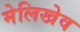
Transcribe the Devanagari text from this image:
मेलिखेव